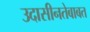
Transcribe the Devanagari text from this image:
उदासीनतेबाबत